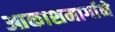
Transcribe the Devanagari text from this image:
आकाशमार्गाने